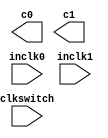
// megafunction wizard: %ALTPLL%VBB%
// GENERATION: STANDARD
// VERSION: WM1.0
// MODULE: altpll 

// ============================================================
// Megafunction Name(s):
// 			altpll
//
// Simulation Library Files(s):
// 			altera_mf
// ============================================================
// ************************************************************
// THIS IS A WIZARD-GENERATED FILE. DO NOT EDIT THIS FILE!
//
// 7.2 Build 151 09/26/2007 SJ Web Edition
// ************************************************************

//Copyright (C) 1991-2007 Altera Corporation
//Your use of Altera Corporation's design tools, logic functions 
//and other software and tools, and its AMPP partner logic 
//functions, and any output files from any of the foregoing 
//(including device programming or simulation files), and any 
//associated documentation or information are expressly subject 
//to the terms and conditions of the Altera Program License 
//Subscription Agreement, Altera MegaCore Function License 
//Agreement, or other applicable license agreement, including, 
//without limitation, that your use is for the sole purpose of 
//programming logic devices manufactured by Altera and sold by 
//Altera or its authorized distributors.  Please refer to the 
//applicable agreement for further details.

module ClockDivider (
	clkswitch,
	inclk0,
	inclk1,
	c0,
	c1);

	input	  clkswitch;
	input	  inclk0;
	input	  inclk1;
	output	  c0;
	output	  c1;

endmodule

// ============================================================
// CNX file retrieval info
// ============================================================
// Retrieval info: PRIVATE: ACTIVECLK_CHECK STRING "0"
// Retrieval info: PRIVATE: BANDWIDTH STRING "1.000"
// Retrieval info: PRIVATE: BANDWIDTH_FEATURE_ENABLED STRING "0"
// Retrieval info: PRIVATE: BANDWIDTH_FREQ_UNIT STRING "MHz"
// Retrieval info: PRIVATE: BANDWIDTH_PRESET STRING "Low"
// Retrieval info: PRIVATE: BANDWIDTH_USE_AUTO STRING "1"
// Retrieval info: PRIVATE: BANDWIDTH_USE_CUSTOM STRING "0"
// Retrieval info: PRIVATE: BANDWIDTH_USE_PRESET STRING "0"
// Retrieval info: PRIVATE: CLKBAD_SWITCHOVER_CHECK STRING "0"
// Retrieval info: PRIVATE: CLKLOSS_CHECK STRING "0"
// Retrieval info: PRIVATE: CLKSWITCH_CHECK STRING "1"
// Retrieval info: PRIVATE: CNX_NO_COMPENSATE_RADIO STRING "0"
// Retrieval info: PRIVATE: CREATE_CLKBAD_CHECK STRING "0"
// Retrieval info: PRIVATE: CREATE_INCLK1_CHECK STRING "1"
// Retrieval info: PRIVATE: CUR_DEDICATED_CLK STRING "c0"
// Retrieval info: PRIVATE: CUR_FBIN_CLK STRING "e0"
// Retrieval info: PRIVATE: DEVICE_SPEED_GRADE STRING "6"
// Retrieval info: PRIVATE: DIV_FACTOR0 NUMERIC "2"
// Retrieval info: PRIVATE: DIV_FACTOR1 NUMERIC "2"
// Retrieval info: PRIVATE: DUTY_CYCLE0 STRING "50.00000000"
// Retrieval info: PRIVATE: DUTY_CYCLE1 STRING "50.00000000"
// Retrieval info: PRIVATE: EXPLICIT_SWITCHOVER_COUNTER STRING "0"
// Retrieval info: PRIVATE: EXT_FEEDBACK_RADIO STRING "0"
// Retrieval info: PRIVATE: GLOCKED_COUNTER_EDIT_CHANGED STRING "1"
// Retrieval info: PRIVATE: GLOCKED_FEATURE_ENABLED STRING "1"
// Retrieval info: PRIVATE: GLOCKED_MODE_CHECK STRING "0"
// Retrieval info: PRIVATE: GLOCK_COUNTER_EDIT NUMERIC "1048575"
// Retrieval info: PRIVATE: HAS_MANUAL_SWITCHOVER STRING "1"
// Retrieval info: PRIVATE: INCLK0_FREQ_EDIT STRING "50.000"
// Retrieval info: PRIVATE: INCLK0_FREQ_UNIT_COMBO STRING "MHz"
// Retrieval info: PRIVATE: INCLK1_FREQ_EDIT STRING "50.000"
// Retrieval info: PRIVATE: INCLK1_FREQ_EDIT_CHANGED STRING "1"
// Retrieval info: PRIVATE: INCLK1_FREQ_UNIT_CHANGED STRING "1"
// Retrieval info: PRIVATE: INCLK1_FREQ_UNIT_COMBO STRING "MHz"
// Retrieval info: PRIVATE: INTENDED_DEVICE_FAMILY STRING "Cyclone II"
// Retrieval info: PRIVATE: INT_FEEDBACK__MODE_RADIO STRING "1"
// Retrieval info: PRIVATE: LOCKED_OUTPUT_CHECK STRING "0"
// Retrieval info: PRIVATE: LONG_SCAN_RADIO STRING "1"
// Retrieval info: PRIVATE: LVDS_MODE_DATA_RATE STRING "Not Available"
// Retrieval info: PRIVATE: LVDS_MODE_DATA_RATE_DIRTY NUMERIC "0"
// Retrieval info: PRIVATE: LVDS_PHASE_SHIFT_UNIT0 STRING "deg"
// Retrieval info: PRIVATE: LVDS_PHASE_SHIFT_UNIT1 STRING "ps"
// Retrieval info: PRIVATE: MIRROR_CLK0 STRING "0"
// Retrieval info: PRIVATE: MIRROR_CLK1 STRING "0"
// Retrieval info: PRIVATE: MULT_FACTOR0 NUMERIC "5"
// Retrieval info: PRIVATE: MULT_FACTOR1 NUMERIC "5"
// Retrieval info: PRIVATE: NORMAL_MODE_RADIO STRING "1"
// Retrieval info: PRIVATE: OUTPUT_FREQ0 STRING "120.00000000"
// Retrieval info: PRIVATE: OUTPUT_FREQ1 STRING "100.00000000"
// Retrieval info: PRIVATE: OUTPUT_FREQ_MODE0 STRING "0"
// Retrieval info: PRIVATE: OUTPUT_FREQ_MODE1 STRING "0"
// Retrieval info: PRIVATE: OUTPUT_FREQ_UNIT0 STRING "MHz"
// Retrieval info: PRIVATE: OUTPUT_FREQ_UNIT1 STRING "MHz"
// Retrieval info: PRIVATE: PHASE_RECONFIG_FEATURE_ENABLED STRING "0"
// Retrieval info: PRIVATE: PHASE_RECONFIG_INPUTS_CHECK STRING "0"
// Retrieval info: PRIVATE: PHASE_SHIFT0 STRING "0.00000000"
// Retrieval info: PRIVATE: PHASE_SHIFT1 STRING "-3.00000000"
// Retrieval info: PRIVATE: PHASE_SHIFT_STEP_ENABLED_CHECK STRING "0"
// Retrieval info: PRIVATE: PHASE_SHIFT_UNIT0 STRING "deg"
// Retrieval info: PRIVATE: PHASE_SHIFT_UNIT1 STRING "ns"
// Retrieval info: PRIVATE: PLL_ADVANCED_PARAM_CHECK STRING "0"
// Retrieval info: PRIVATE: PLL_ARESET_CHECK STRING "0"
// Retrieval info: PRIVATE: PLL_AUTOPLL_CHECK NUMERIC "1"
// Retrieval info: PRIVATE: PLL_ENA_CHECK STRING "0"
// Retrieval info: PRIVATE: PLL_ENHPLL_CHECK NUMERIC "0"
// Retrieval info: PRIVATE: PLL_FASTPLL_CHECK NUMERIC "0"
// Retrieval info: PRIVATE: PLL_FBMIMIC_CHECK STRING "0"
// Retrieval info: PRIVATE: PLL_LVDS_PLL_CHECK NUMERIC "0"
// Retrieval info: PRIVATE: PLL_PFDENA_CHECK STRING "0"
// Retrieval info: PRIVATE: PLL_TARGET_HARCOPY_CHECK NUMERIC "0"
// Retrieval info: PRIVATE: PRIMARY_CLK_COMBO STRING "inclk0"
// Retrieval info: PRIVATE: RECONFIG_FILE STRING "sdram_pll.mif"
// Retrieval info: PRIVATE: SACN_INPUTS_CHECK STRING "0"
// Retrieval info: PRIVATE: SCAN_FEATURE_ENABLED STRING "0"
// Retrieval info: PRIVATE: SELF_RESET_LOCK_LOSS STRING "0"
// Retrieval info: PRIVATE: SHORT_SCAN_RADIO STRING "0"
// Retrieval info: PRIVATE: SPREAD_FEATURE_ENABLED STRING "0"
// Retrieval info: PRIVATE: SPREAD_FREQ STRING "50.000"
// Retrieval info: PRIVATE: SPREAD_FREQ_UNIT STRING "KHz"
// Retrieval info: PRIVATE: SPREAD_PERCENT STRING "0.500"
// Retrieval info: PRIVATE: SPREAD_USE STRING "0"
// Retrieval info: PRIVATE: SRC_SYNCH_COMP_RADIO STRING "0"
// Retrieval info: PRIVATE: STICKY_CLK0 STRING "1"
// Retrieval info: PRIVATE: STICKY_CLK1 STRING "1"
// Retrieval info: PRIVATE: SWITCHOVER_COUNT_EDIT NUMERIC "1"
// Retrieval info: PRIVATE: SWITCHOVER_FEATURE_ENABLED STRING "1"
// Retrieval info: PRIVATE: SYNTH_WRAPPER_GEN_POSTFIX STRING "0"
// Retrieval info: PRIVATE: USE_CLK0 STRING "1"
// Retrieval info: PRIVATE: USE_CLK1 STRING "1"
// Retrieval info: PRIVATE: USE_CLKENA0 STRING "0"
// Retrieval info: PRIVATE: USE_CLKENA1 STRING "0"
// Retrieval info: PRIVATE: USE_MIL_SPEED_GRADE NUMERIC "0"
// Retrieval info: PRIVATE: ZERO_DELAY_RADIO STRING "0"
// Retrieval info: LIBRARY: altera_mf altera_mf.altera_mf_components.all
// Retrieval info: CONSTANT: CLK0_DIVIDE_BY NUMERIC "2"
// Retrieval info: CONSTANT: CLK0_DUTY_CYCLE NUMERIC "50"
// Retrieval info: CONSTANT: CLK0_MULTIPLY_BY NUMERIC "5"
// Retrieval info: CONSTANT: CLK0_PHASE_SHIFT STRING "0"
// Retrieval info: CONSTANT: CLK1_DIVIDE_BY NUMERIC "2"
// Retrieval info: CONSTANT: CLK1_DUTY_CYCLE NUMERIC "50"
// Retrieval info: CONSTANT: CLK1_MULTIPLY_BY NUMERIC "5"
// Retrieval info: CONSTANT: CLK1_PHASE_SHIFT STRING "-3000"
// Retrieval info: CONSTANT: COMPENSATE_CLOCK STRING "CLK0"
// Retrieval info: CONSTANT: INCLK0_INPUT_FREQUENCY NUMERIC "20000"
// Retrieval info: CONSTANT: INCLK1_INPUT_FREQUENCY NUMERIC "20000"
// Retrieval info: CONSTANT: INTENDED_DEVICE_FAMILY STRING "Cyclone II"
// Retrieval info: CONSTANT: LPM_TYPE STRING "altpll"
// Retrieval info: CONSTANT: OPERATION_MODE STRING "NORMAL"
// Retrieval info: CONSTANT: PORT_ACTIVECLOCK STRING "PORT_UNUSED"
// Retrieval info: CONSTANT: PORT_ARESET STRING "PORT_UNUSED"
// Retrieval info: CONSTANT: PORT_CLKBAD0 STRING "PORT_UNUSED"
// Retrieval info: CONSTANT: PORT_CLKBAD1 STRING "PORT_UNUSED"
// Retrieval info: CONSTANT: PORT_CLKLOSS STRING "PORT_UNUSED"
// Retrieval info: CONSTANT: PORT_CLKSWITCH STRING "PORT_USED"
// Retrieval info: CONSTANT: PORT_CONFIGUPDATE STRING "PORT_UNUSED"
// Retrieval info: CONSTANT: PORT_FBIN STRING "PORT_UNUSED"
// Retrieval info: CONSTANT: PORT_INCLK0 STRING "PORT_USED"
// Retrieval info: CONSTANT: PORT_INCLK1 STRING "PORT_USED"
// Retrieval info: CONSTANT: PORT_LOCKED STRING "PORT_UNUSED"
// Retrieval info: CONSTANT: PORT_PFDENA STRING "PORT_UNUSED"
// Retrieval info: CONSTANT: PORT_PHASECOUNTERSELECT STRING "PORT_UNUSED"
// Retrieval info: CONSTANT: PORT_PHASEDONE STRING "PORT_UNUSED"
// Retrieval info: CONSTANT: PORT_PHASESTEP STRING "PORT_UNUSED"
// Retrieval info: CONSTANT: PORT_PHASEUPDOWN STRING "PORT_UNUSED"
// Retrieval info: CONSTANT: PORT_PLLENA STRING "PORT_UNUSED"
// Retrieval info: CONSTANT: PORT_SCANACLR STRING "PORT_UNUSED"
// Retrieval info: CONSTANT: PORT_SCANCLK STRING "PORT_UNUSED"
// Retrieval info: CONSTANT: PORT_SCANCLKENA STRING "PORT_UNUSED"
// Retrieval info: CONSTANT: PORT_SCANDATA STRING "PORT_UNUSED"
// Retrieval info: CONSTANT: PORT_SCANDATAOUT STRING "PORT_UNUSED"
// Retrieval info: CONSTANT: PORT_SCANDONE STRING "PORT_UNUSED"
// Retrieval info: CONSTANT: PORT_SCANREAD STRING "PORT_UNUSED"
// Retrieval info: CONSTANT: PORT_SCANWRITE STRING "PORT_UNUSED"
// Retrieval info: CONSTANT: PORT_clk0 STRING "PORT_USED"
// Retrieval info: CONSTANT: PORT_clk1 STRING "PORT_USED"
// Retrieval info: CONSTANT: PORT_clk2 STRING "PORT_UNUSED"
// Retrieval info: CONSTANT: PORT_clk3 STRING "PORT_UNUSED"
// Retrieval info: CONSTANT: PORT_clk4 STRING "PORT_UNUSED"
// Retrieval info: CONSTANT: PORT_clk5 STRING "PORT_UNUSED"
// Retrieval info: CONSTANT: PORT_clkena0 STRING "PORT_UNUSED"
// Retrieval info: CONSTANT: PORT_clkena1 STRING "PORT_UNUSED"
// Retrieval info: CONSTANT: PORT_clkena2 STRING "PORT_UNUSED"
// Retrieval info: CONSTANT: PORT_clkena3 STRING "PORT_UNUSED"
// Retrieval info: CONSTANT: PORT_clkena4 STRING "PORT_UNUSED"
// Retrieval info: CONSTANT: PORT_clkena5 STRING "PORT_UNUSED"
// Retrieval info: CONSTANT: PORT_extclk0 STRING "PORT_UNUSED"
// Retrieval info: CONSTANT: PORT_extclk1 STRING "PORT_UNUSED"
// Retrieval info: CONSTANT: PORT_extclk2 STRING "PORT_UNUSED"
// Retrieval info: CONSTANT: PORT_extclk3 STRING "PORT_UNUSED"
// Retrieval info: CONSTANT: PRIMARY_CLOCK STRING "inclk0"
// Retrieval info: USED_PORT: @clk 0 0 6 0 OUTPUT_CLK_EXT VCC "@clk[5..0]"
// Retrieval info: USED_PORT: @extclk 0 0 4 0 OUTPUT_CLK_EXT VCC "@extclk[3..0]"
// Retrieval info: USED_PORT: c0 0 0 0 0 OUTPUT_CLK_EXT VCC "c0"
// Retrieval info: USED_PORT: c1 0 0 0 0 OUTPUT_CLK_EXT VCC "c1"
// Retrieval info: USED_PORT: clkswitch 0 0 0 0 INPUT GND "clkswitch"
// Retrieval info: USED_PORT: inclk0 0 0 0 0 INPUT_CLK_EXT GND "inclk0"
// Retrieval info: USED_PORT: inclk1 0 0 0 0 INPUT_CLK_EXT GND "inclk1"
// Retrieval info: CONNECT: @inclk 0 0 1 0 inclk0 0 0 0 0
// Retrieval info: CONNECT: @inclk 0 0 1 1 inclk1 0 0 0 0
// Retrieval info: CONNECT: c0 0 0 0 0 @clk 0 0 1 0
// Retrieval info: CONNECT: c1 0 0 0 0 @clk 0 0 1 1
// Retrieval info: CONNECT: @clkswitch 0 0 0 0 clkswitch 0 0 0 0
// Retrieval info: GEN_FILE: TYPE_NORMAL ClockDivider.v TRUE FALSE
// Retrieval info: GEN_FILE: TYPE_NORMAL ClockDivider.ppf TRUE FALSE
// Retrieval info: GEN_FILE: TYPE_NORMAL ClockDivider.inc FALSE FALSE
// Retrieval info: GEN_FILE: TYPE_NORMAL ClockDivider.cmp FALSE FALSE
// Retrieval info: GEN_FILE: TYPE_NORMAL ClockDivider.bsf FALSE FALSE
// Retrieval info: GEN_FILE: TYPE_NORMAL ClockDivider_inst.v FALSE FALSE
// Retrieval info: GEN_FILE: TYPE_NORMAL ClockDivider_bb.v TRUE FALSE
// Retrieval info: GEN_FILE: TYPE_NORMAL ClockDivider_waveforms.html TRUE FALSE
// Retrieval info: GEN_FILE: TYPE_NORMAL ClockDivider_wave*.jpg FALSE FALSE
// Retrieval info: LIB_FILE: altera_mf